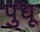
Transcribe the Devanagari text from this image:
पुधू